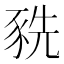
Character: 𧱀